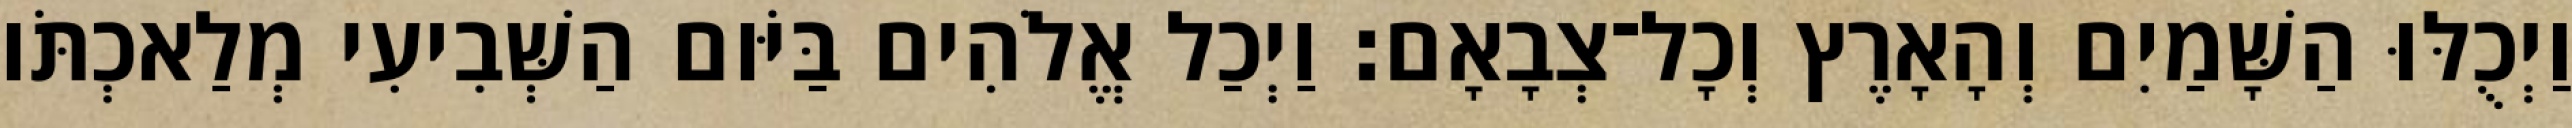
וַיְכֻלּוּ הַשָּׁמַיִם וְהָאָרֶץ וְכָל־צְבָאָם׃ וַיְכַל אֱלֹהִים בַּיֹּום הַשְּׁבִיעִי מְלַאכְתֹּו